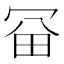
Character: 𠖋